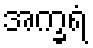
အက္ခရံ